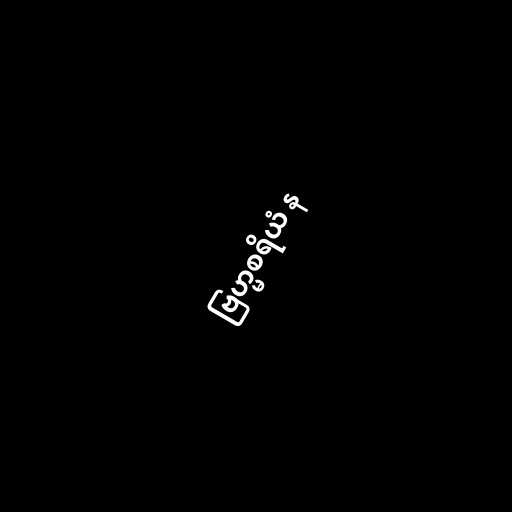
ဗြဟ္မစရိယံ န